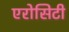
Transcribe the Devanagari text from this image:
एरोसिटी